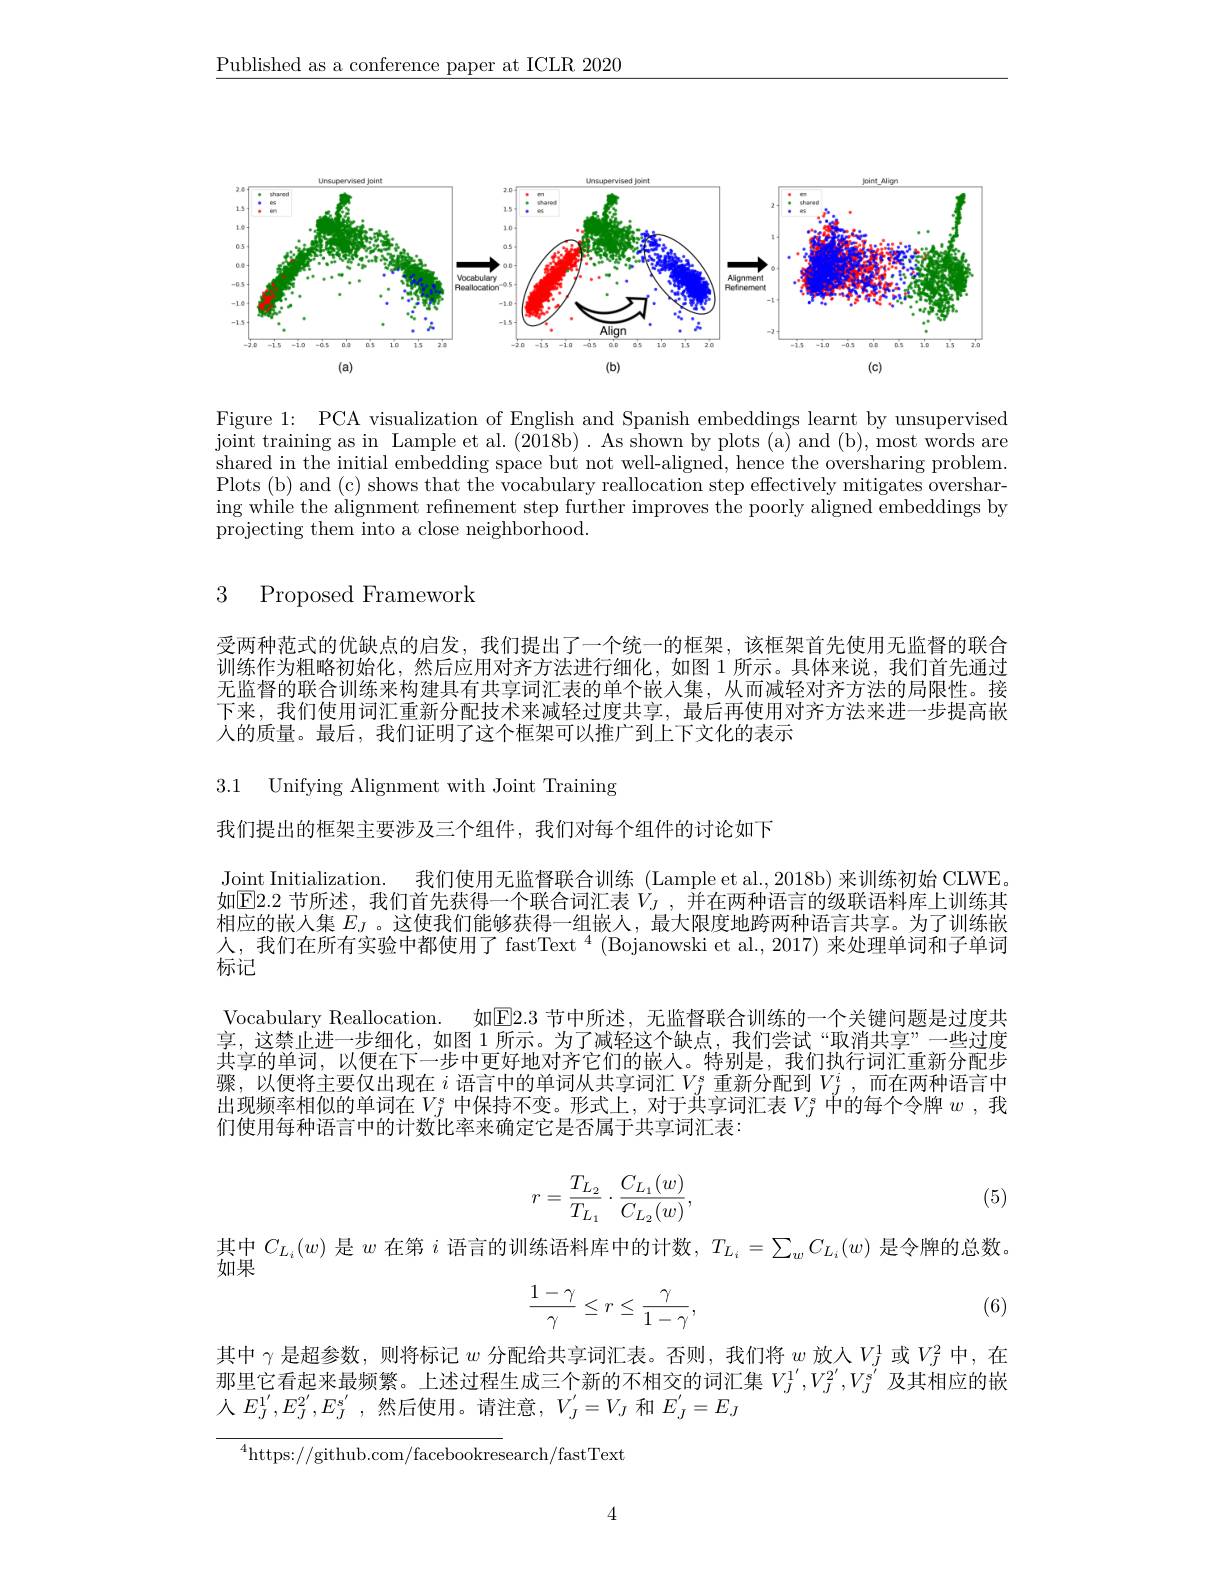
$\underline{\text{Published as a conference paper at ICLR 2020}}$

<FigureHere>

Figure 1: PCA visualization of English and Spanish embeddings learnt by unsupervised $\bar{\text{joint training as in Lample et al.(2018b). As shown by plots (a) and (b), most words are}}$ shared in the initial embedding space but not well-aligned, hence the oversharing problem. Plots (b) and (c) shows that the vocabulary reallocation step effectively mitigates oversharing while the alignment refinement step further improves the poorly aligned embeddings by projecting them into a close neighborhood.

### 3 Proposed Framework

受两种范式的优缺点的启发，我们提出了一个统一的框架，该框架首先使用无监督的联合训练作为粗略初始化，然后应用对齐方法进行细化，如图 1 所示。具体来说，我们首先通过无监督的联合训练来构建具有共享词汇表的单个嵌入集，从而减轻对齐方法的局限性。接下来，我们使用词汇重新分配技术来减轻过度共享，最后再使用对齐方法来进一步提高嵌人的质量。最后，我们证明了这个框架可以推广到上下文化的表示

3.1 Unifying Alignment with Joint Training

我们提出的框架主要涉及三个组件，我们对每个组件的讨论如下

Joint Initialization. 我们使用无监督联合训练 (Lample et al.,2018b)来训练初始 CLWE。如$\overline{\mathrm{E}}$2.2 节所述，我们首先获得一个联合词汇表$\dot{V}_J,\bar{\text{并在两种语言的级联语料库上训练其}}$ 相应的嵌入集$E_J$ 。这使我们能够获得一组嵌人，最大限度地跨两种语言共享。为了训练嵌人，我们在所有实验中都使用了 fastText $^4$(Bojanowski et al., 2017) 来处理单词和子单词标记
Vocabulary Reallocation. 如$\overline{\mathrm{E}}2.3$ 节中所述，无监督联合训练的一个关键问题是过度共享，这禁止进一步细化，如图 1 所示。为了减轻这个缺点，我们尝试“取消共享”一些过度共享的单词，以便在下一步中更好地对齐它们的嵌人。特别是，我们执行词汇重新分配步骤，以便将主要仅出现在$i$语言中的单词从共享词汇$V_J^s$重新分配到$V_J^i$,而在两种语言中出现频率相似的单词在$V_J^s$ 中保持不变。形式上，对于英享词汇表$V_j^s$ 中的每个令牌 $w$ ,我们使用每种语言中的计数比率来确定它是否属于共享词汇表：
$$r=\frac{T_{L_2}}{T_{L_1}}\cdot\frac{C_{L_1}(w)}{C_{L_2}(w)},$$
其中$C_{L_{i}}(w)$是$w$在第$i$语言的训练语料库中的计数，$T_{L_{i}}=\sum_{w}C_{L_{i}}(w)$是令牌的总数。

(5)

(6)
$$\begin{aligned}\frac{1-\gamma}{\gamma}\leq r\leq\frac{\gamma}{1-\gamma},\end{aligned}$$
其中$\gamma$是超参数，则将标记$w$分配给共享词汇表。否则，我们将$w$放人$V_J^1$或$V_J^2$中，在那里它看起来最频繁。上述过程生成三个新的不相交的词汇集$V_J^{1^{\prime}},V_J^{2^{\prime}},V_J^{s^{\prime}}$及其相应的嵌人$E_J^{1^{\prime}},E_J^{2^{\prime}},E_J^{s^{\prime}}$,然后使用。请注意$,V_J^{\prime}=V_J$ 和$E_J^{\prime}=E_J$

$^{4}$https://github.com/facebookresearch/fastText

4